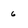
Character: 6